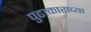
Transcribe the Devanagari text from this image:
पुढाकाराच्या